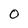
Character: 0